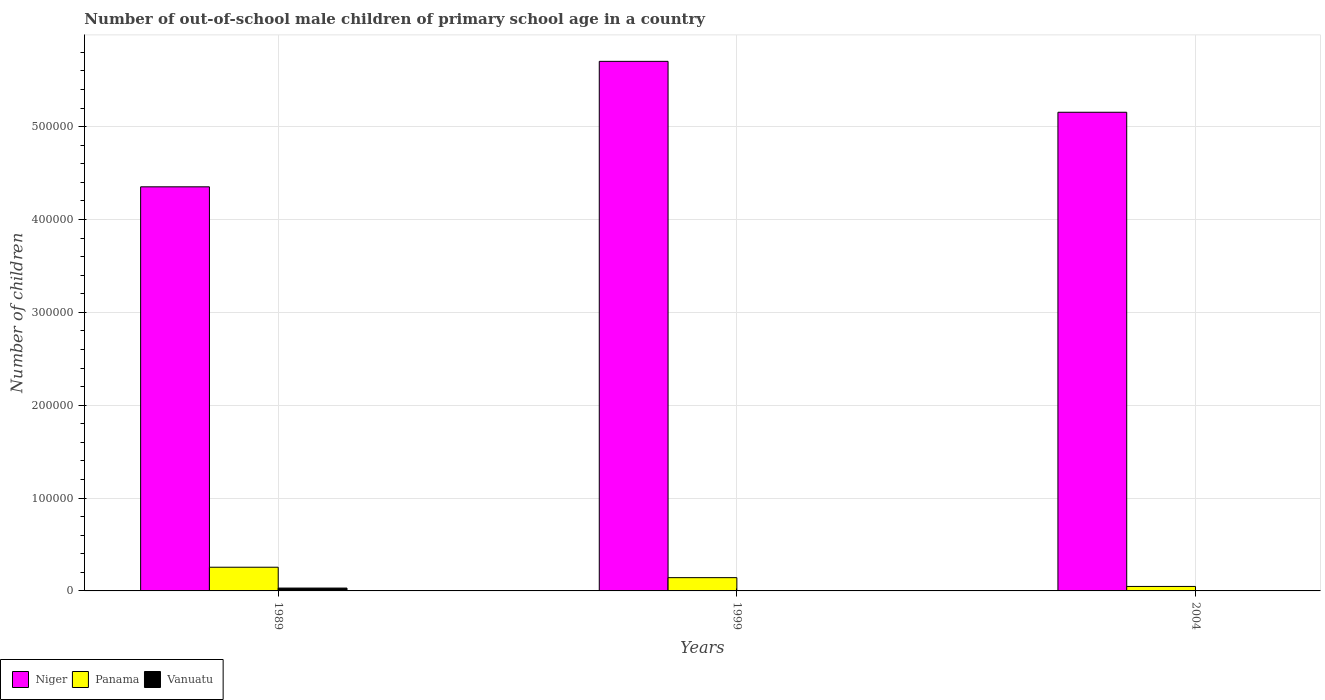
| Years | Niger | Panama | Vanuatu |
 | --- | --- | --- | --- |
 | 1989 | 4.35e+05 | 2.55e+04 | 3.07e+03 |
 | 1999 | 5.7e+05 | 1.43e+04 | 261 |
 | 2004 | 5.16e+05 | 4.82e+03 | 351 |